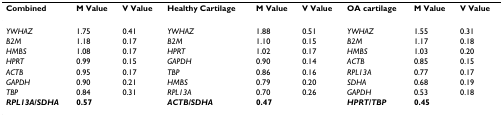
| Combined | M Value | V Value | Healthy Cartilage | M Value | V Value | OA cartilage | M Value | V Value |
 | --- | --- | --- | --- | --- | --- | --- | --- | --- |
 | YWHAZ | 1.75 | 0.41 | YWHAZ | 1.88 | 0.51 | YWHAZ | 1.55 | 0.31 |
 | B2M | 1.18 | 0.17 | B2M | 1.10 | 0.15 | B2M | 1.17 | 0.18 |
 | HMBS | 1.08 | 0.17 | HPRT | 1.02 | 0.17 | HMBS | 1.03 | 0.20 |
 | HPRT | 0.99 | 0.15 | GAPDH | 0.90 | 0.14 | ACTB | 0.85 | 0.15 |
 | ACTB | 0.95 | 0.17 | TBP | 0.86 | 0.16 | RPL13A | 0.77 | 0.17 |
 | GAPDH | 0.90 | 0.21 | HMBS | 0.79 | 0.20 | SDHA | 0.68 | 0.19 |
 | TBP | 0.84 | 0.31 | RPL13A | 0.70 | 0.26 | GAPDH | 0.53 | 0.18 |
 | RPL13A/SDHA | 0.57 |  | ACTB/SDHA | 0.47 |  | HPRT/TBP | 0.45 |  |